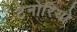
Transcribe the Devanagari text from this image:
टेनोरियो